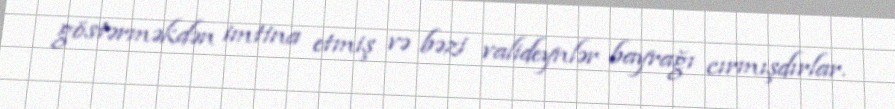
göstərməkdən imtina etmiş və bəzi valideynlər bayrağı cırmışdırlar.